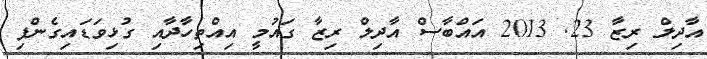
އާދިލް ރިޒާ 23